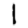
Digit: 1